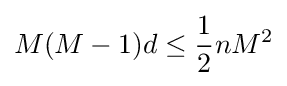
M(M-1)d\leq {\frac {1}{2}}nM^{2}